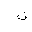
Letter: _ta